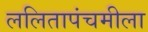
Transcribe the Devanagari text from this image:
ललितापंचमीला